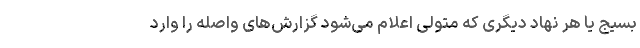
بسیج یا هر نهاد دیگری که متولی اعلام می‌شود گزارش‌های واصله را وارد